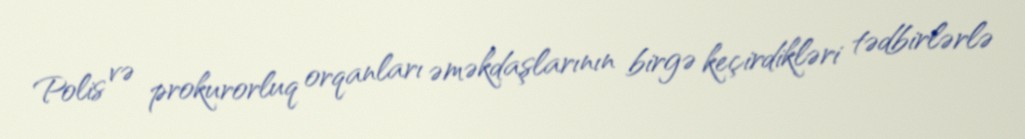
Polis və prokurorluq orqanları əməkdaşlarının birgə keçirdikləri tədbirlərlə